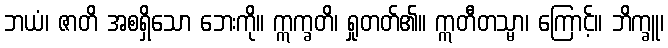
ဘယံ၊ ဇာတိ အစရှိသော ဘေးကို။ ဣက္ခတိ၊ ရှုတတ်၏။ ဣတီတသ္မာ၊ ကြောင့်။ ဘိက္ခူ၊